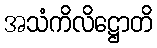
အသံကိလိဋ္ဌောတိ